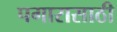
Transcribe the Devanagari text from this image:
पगारासाठी